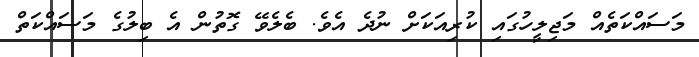
މަސައްކަތެއް މަޖިލީހުގައި ކުރިއަކަށް ނުދެ އެވެ. ބެލެވޭ ގޮތުން އެ ބިލުގެ މަސައްކަތް